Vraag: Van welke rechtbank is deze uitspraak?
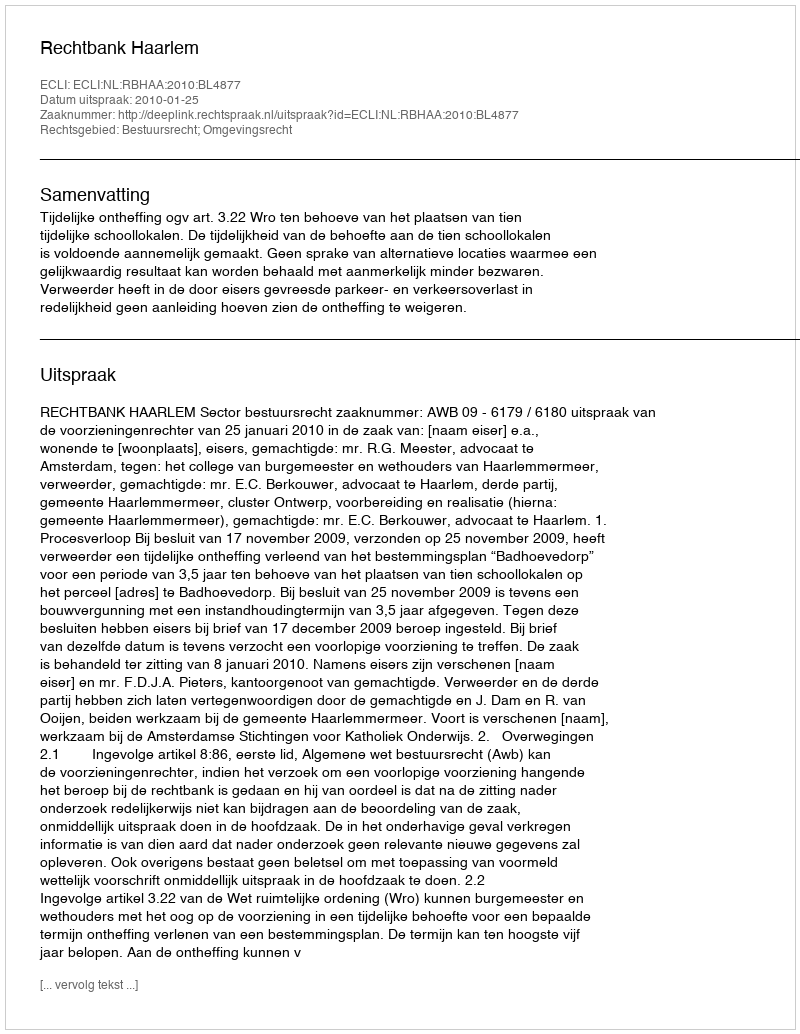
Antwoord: Rechtbank Haarlem